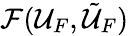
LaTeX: \mathcal{F}(\mathcal{U}_{F},\tilde{\mathcal{U}}_{F})